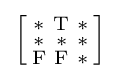
{\Bigl [}{\begin{smallmatrix}\mathrm {*} &\mathrm {T} &\mathrm {*} \\\mathrm {*} &\mathrm {*} &\mathrm {*} \\\mathrm {F} &\mathrm {F} &\mathrm {*} \end{smallmatrix}}{\Bigr ]}